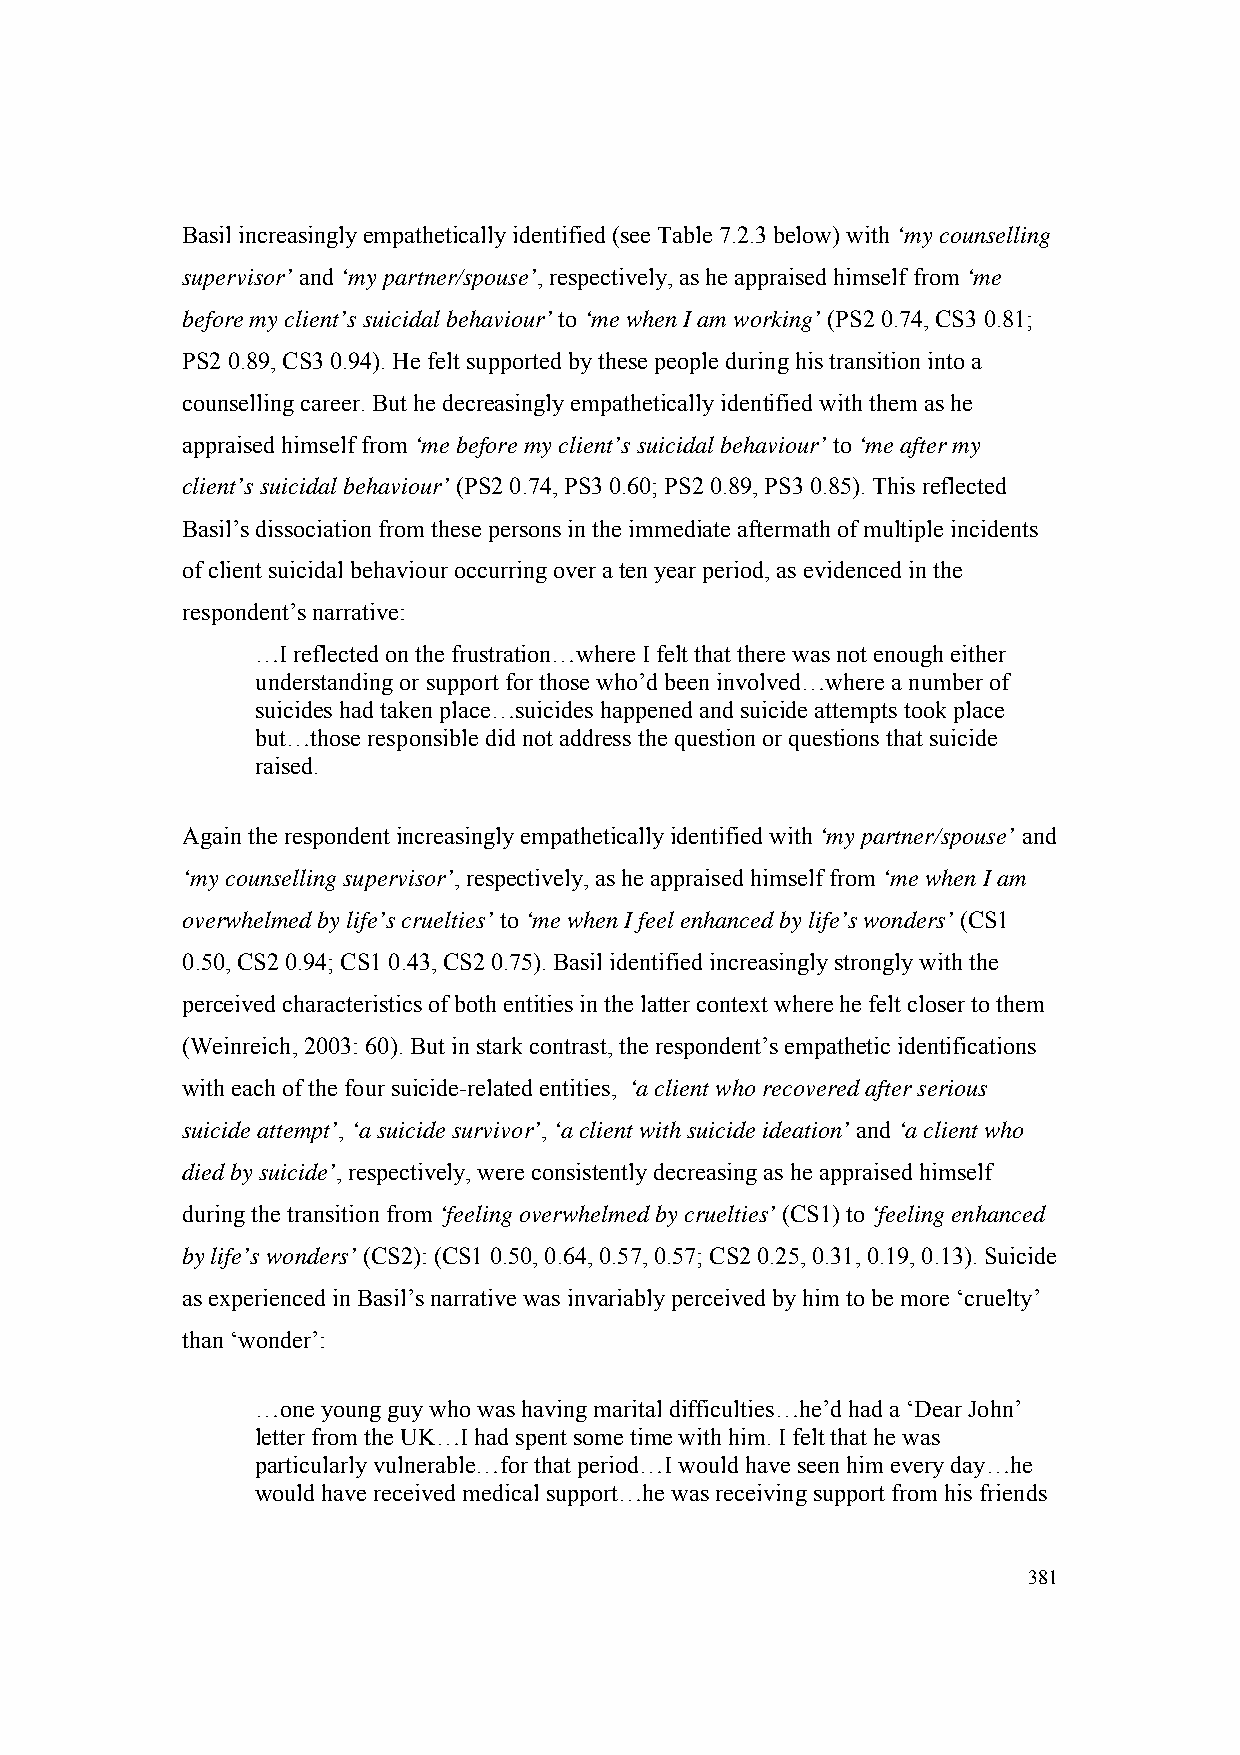
Basil increasingly empathetically identified (see Table 7.2.3 below) with ‘my counselling
 supervisor’ and ‘my partner/spouse’, respectively, as he appraised himself from ‘me
 before my client’s suicidal behaviour’ to ‘me when I am working’ (PS2 0.74, CS3 0.81;
 PS2 0.89, CS3 0.94). He felt supported by these people during his transition into a
 counselling career. But he decreasingly empathetically identified with them as he
 appraised himself from ‘me before my client’s suicidal behaviour’ to ‘me after my
 client’s suicidal behaviour’ (PS2 0.74, PS3 0.60; PS2 0.89, PS3 0.85). This reflected
 Basil’s dissociation from these persons in the immediate aftermath of multiple incidents
 of client suicidal behaviour occurring over a ten year period, as evidenced in the
 respondent’s narrative:
 …I reflected on the frustration…where I felt that there was not enough either
 understanding or support for those who’d been involved…where a number of
 suicides had taken place…suicides happened and suicide attempts took place
 but…those responsible did not address the question or questions that suicide
 raised.
 Again the respondent increasingly empathetically identified with ‘my partner/spouse’ and
 ‘my counselling supervisor’, respectively, as he appraised himself from ‘me when I am
 overwhelmed by life’s cruelties’ to ‘me when I feel enhanced by life’s wonders’ (CS1
 0.50, CS2 0.94; CS1 0.43, CS2 0.75). Basil identified increasingly strongly with the
 perceived characteristics of both entities in the latter context where he felt closer to them
 (Weinreich, 2003: 60). But in stark contrast, the respondent’s empathetic identifications
 with each of the four suicide-related entities, ‘a client who recovered after serious
 suicide attempt’, ‘a suicide survivor’, ‘a client with suicide ideation’ and ‘a client who
 died by suicide’, respectively, were consistently decreasing as he appraised himself
 during the transition from ‘feeling overwhelmed by cruelties’ (CS1) to ‘feeling enhanced
 by life’s wonders’ (CS2): (CS1 0.50, 0.64, 0.57, 0.57; CS2 0.25, 0.31, 0.19, 0.13). Suicide
 as experienced in Basil’s narrative was invariably perceived by him to be more ‘cruelty’
 than ‘wonder’:
 …one young guy who was having marital difficulties…he’d had a ‘Dear John’
 letter from the UK…I had spent some time with him. I felt that he was
 particularly vulnerable…for that period…I would have seen him every day…he
 would have received medical support…he was receiving support from his friends
 381